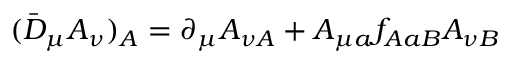
( \bar { D } _ { \mu } A _ { \nu } ) _ { A } = \partial _ { \mu } A _ { \nu A } + A _ { \mu a } f _ { A a B } A _ { \nu B }